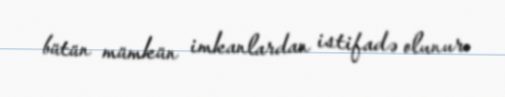
bütün mümkün imkanlardan istifadə olunur.